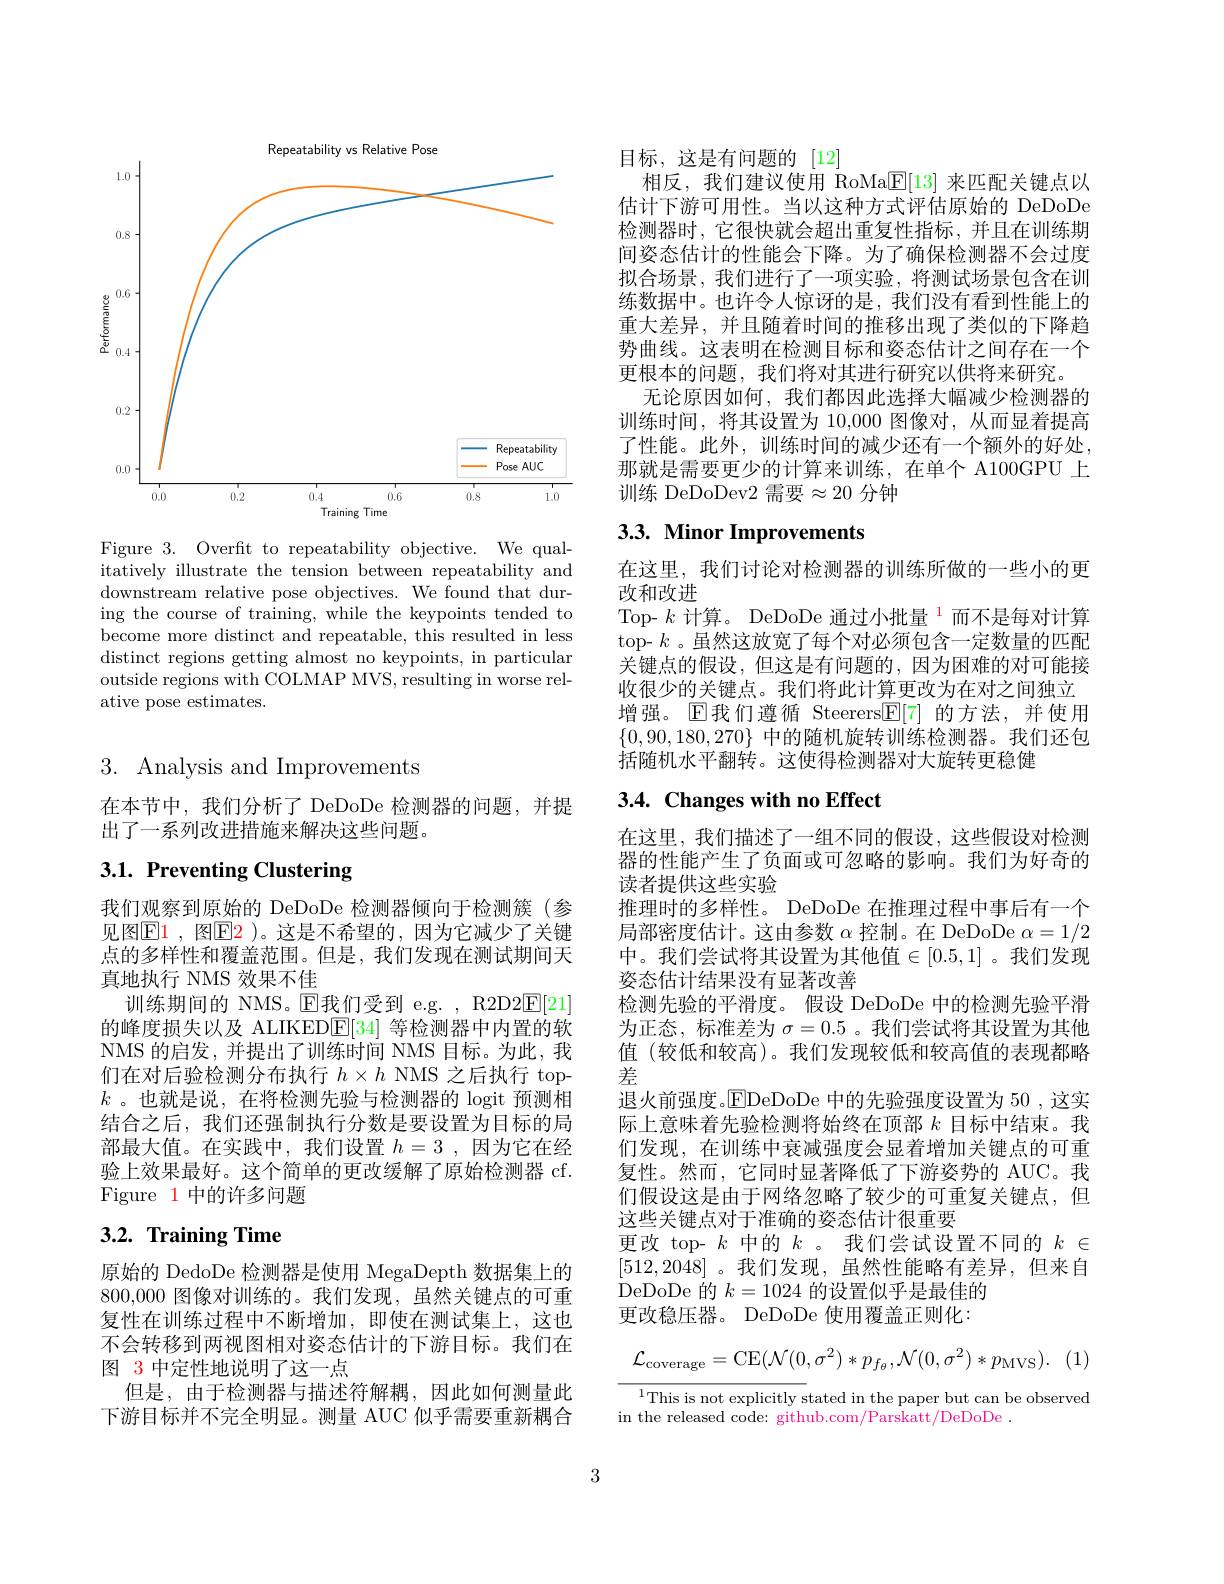
Repeatability vs Relative Pose
<FigureHere>

Figure 3. Overft to repeatability objective. We qualitatively illustrate the tension between repeatability and downstream relative pose objectives. We found that during the course of training, while the keypoints tended to become more distinct and repeatable, this resulted in less distinct regions getting almost no keypoints, in particular outside regions with COLMAP MVS, resulting in worse relative pose estimates.

3. Analysis and Improvements

在本节中，我们分析了 DeDoDe 检测器的问题，并提
出了一系列改进措施来解决这些问题。

# 3.1. Preventing Clustering

我们观察到原始的 DeDoDe 检测器倾向于检测簇(参见图$\mathbb{E}1$, 图$\mathbb{E}\color{red}2$ )。这是不希望的，因为它减少了关键点的多样性和覆盖范围。但是，我们发现在测试期间天真地执行 NMS 效果不佳
训练期间的 NMS。E我们受到 e.g. , R2D2E[21] 的峰度损失以及 ALIKED$\mathbb{E}[34]$等检测器中内置的软NMS 的启发，并提出了训练时间 NMS 目标。为此，我们在对后验检测分布执行$h\times h$ NMS 之后执行 top- $k$ 。也就是说，在将检测先验与检测器的 logit 预测相结合之后，我们还强制执行分数是要设置为目标的局部最大值。在实践中，我们设置$h=3$ ,因为它在经验上效果最好。这个简单的更改缓解了原始检测器 cf. Figure 1 中的许多问题

# 3.2. Training Time

原始的 DedoDe 检测器是使用 MegaDepth 数据集上的800,000图像对训练的。我们发现，虽然关键点的可重复性在训练过程中不断增加，即使在测试集上，这也不会转移到两视图相对姿态估计的下游目标。我们在图 3 中定性地说明了这一点
但是，由于检测器与描述符解耦，因此如何测量此下游目标并不完全明显。测量 AUC 似乎需要重新耦合

目标，这是有问题的[12]
相反，我们建议使用 RoMa$\underline{\mathrm{E}}[13]$来匹配关键点以估计下游可用性。当以这种方式评估原始的 DeDoDe 检测器时，它很快就会超出重复性指标，并且在训练期间姿态估计的性能会下降。为了确保检测器不会过度拟合场景，我们进行了一项实验，将测试场景包含在训练数据中。也许令人惊讶的是，我们没有看到性能上的重大差异，并且随着时间的推移出现了类似的下降趋势曲线。这表明在检测目标和姿态估计之间存在一个更根本的问题，我们将对其进行研究以供将来研究。
无论原因如何，我们都因此选择大幅减少检测器的训练时间，将其设置为 10,000 图像对，从而显着提高了性能。此外，训练时间的减少还有一个额外的好处那就是需要更少的计算来训练，在单个 A100GPU 上训练 DeDoDev2 需要$\approx20$ 分钟

# 3.3. Minor Improvements

在这里，我们讨论对检测器的训练所做的一些小的更
改和改进行
Top- $k\text{ 计算。DeDoDe 通过小批量 }^{1}$而不是每对计算top- $k$ 。虽然这放宽了每个对必须包含一定数量的匹配关键点的假设，但这是有问题的，因为困难的对可能接收很少的关键点。我们将此计算更改为在对之间独立增强。$\operatorname{E\text{我们遵循 Steerers}\overline{\mathbb{E}}[7]}$的方法，并使用$\{0,90,180,270\}$中的随机旋转训练检测器。我们还包括随机水平翻转。这使得检测器对大旋转更稳健

# 3.4. Changes with no Effect

在这里，我们描述了一组不同的假设，这些假设对检测器的性能产生了负面或可忽略的影响。我们为好奇的读者提供这些实验
推理时的多样性。DeDoDe 在推理过程中事后有一个局部密度估计。这由参数$\alpha$控制。在 DeDoDe $\alpha=1/2$ 中。我们尝试将其设置为其他值$\in[0.5,1]$。我们发现姿态估计结果没有显著改善
检测先验的平滑度。假设 DeDoDe 中的检测先验平滑为正态，标准差为$\sigma=0.5$ 。我们尝试将其设置为其他值 (较低和较高)。我们发现较低和较高值的表现都略差
退火前强度。$\overline{\mathrm{E}}$DeDoDe 中的先验强度设置为 50 ,这实际上意味着先验检测将始终在顶部$k$目标中结束。我们发现，在训练中衰减强度会显着增加关键点的可重复性。然而，它同时显著降低了下游姿势的 AUC。我们假设这是由于网络忽略了较少的可重复关键点，但这些关键点对于准确的姿态估计很重要
更改 top- $k$中的$k$ 。我们尝试设置不同的$k\in$ [512,2048]。我们发现，虽然性能略有差异，但来自${\dot{\text{DeDoDe 的 }}k=1024\text{ 的设置似乎是最佳的}}$
更改稳压器。 DeDoDe 使用覆盖正则化：
$$\mathcal{L}_{\mathrm{coverage}}=\mathrm{CE}(\mathcal{N}(0,\sigma^{2})*p_{f_{\theta}},\mathcal{N}(0,\sigma^{2})*p_{\mathrm{MVS}}).$$
${\overline{^{1}\text{This is not explicitly s}}}$tated in the paper but can be observed
in the released code: github.com/Parskatt/DeDoDe .

3